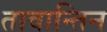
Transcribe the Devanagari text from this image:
तावान्तिन